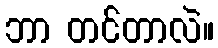
ဘာ တင်တာလဲ။